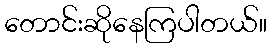
တောင်းဆိုနေကြပါတယ်။